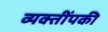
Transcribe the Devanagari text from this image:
व्यक्तींपकी